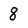
Character: 8